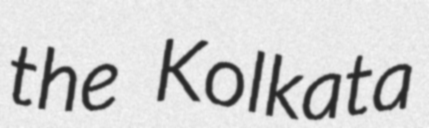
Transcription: the Kolkata